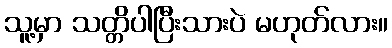
သူ့မှာ သတ္တိပါပြီးသားပဲ မဟုတ်လား။